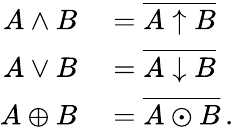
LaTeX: \begin{array}{rl}{A\wedge B}&{{}=\overline{{A\uparrow B}}}\\ {A\vee B}&{{}=\overline{{A\downarrow B}}}\\ {A\oplus B}&{{}=\overline{{A\odot B}}\, .}\end{array}